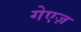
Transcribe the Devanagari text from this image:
गेएज़